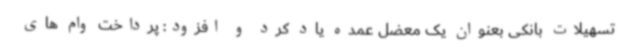
تسهیلات بانکی بعنوان یک معضل عمده یاد کرد و افزود: پرداخت وام های